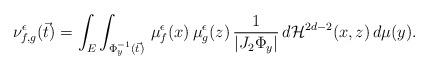
LaTeX: \begin{align*}\nu_{f,g}^\epsilon(\vec{t})=\int_E\int_{\Phi_y^{-1}(\vec{t})} \,\mu_f^\epsilon(x)\,\mu_g^\epsilon(z)\,\frac{1}{|J_2\Phi_y|}\,d\mathcal{H}^{2d-2}(x,z)\,d\mu(y).\end{align*}